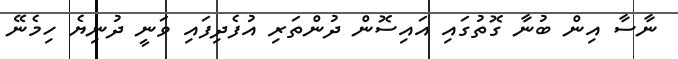
ނާސާ އިން ބުނާ ގޮތުގައި އައިސޮން ދުންތަރި އުފެދިފައި ވަނީ ދުނިޔެ ހިމެނޭ